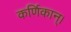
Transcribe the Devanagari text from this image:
कर्णिकान्‌।